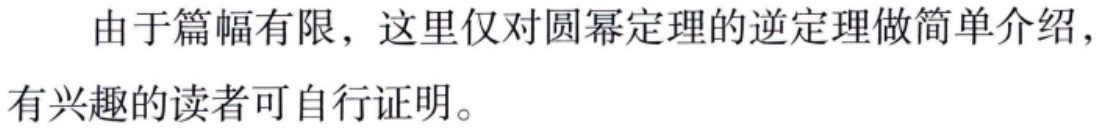
由于篇幅有限，这里仅对圆幂定理的逆定理做简单介绍，有兴趣的读者可自行证明。